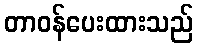
တာဝန်ပေးထားသည်